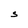
Character: S